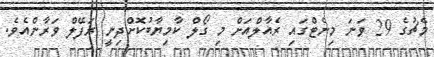
މެޗުގެ 29 ވަނަ މިނެޓްގައި ރެއާލްއަށް މި ގޯލް ކާމިޔާބުކޮށްދިނީ ރަފޭލް ވަރާންއެވެ.